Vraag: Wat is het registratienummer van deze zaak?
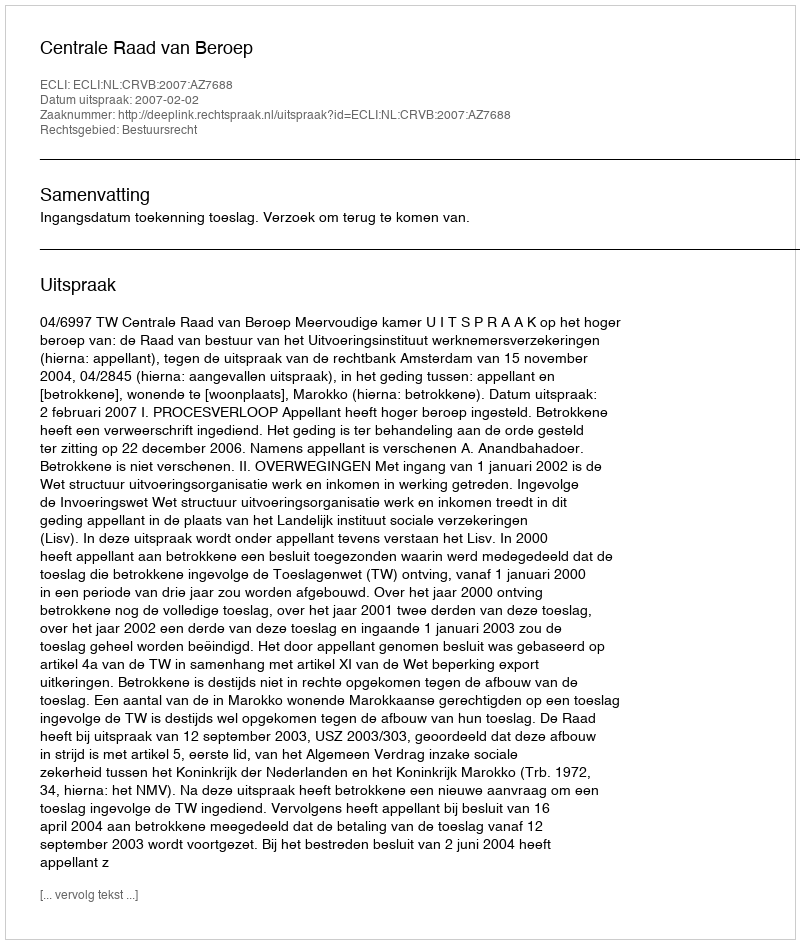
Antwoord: http://deeplink.rechtspraak.nl/uitspraak?id=ECLI:NL:CRVB:2007:AZ7688